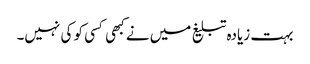
بہت زیادہ تبلیغ میں نے کبھی کسی کو کی نہیں۔